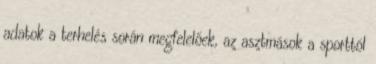
adatok a terhelés során megfelelőek, az asztmások a sporttól